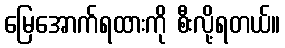
မြေအောက်ရထားကို စီးလို့ရတယ်။